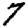
Digit: 7